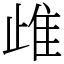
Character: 䧳